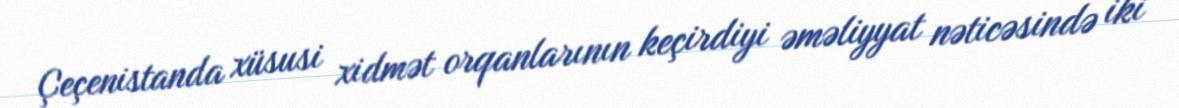
Çeçenistanda xüsusi xidmət orqanlarının keçirdiyi əməliyyat nəticəsində iki